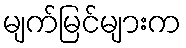
မျက်မြင်များက